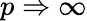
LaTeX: p\Rightarrow\infty